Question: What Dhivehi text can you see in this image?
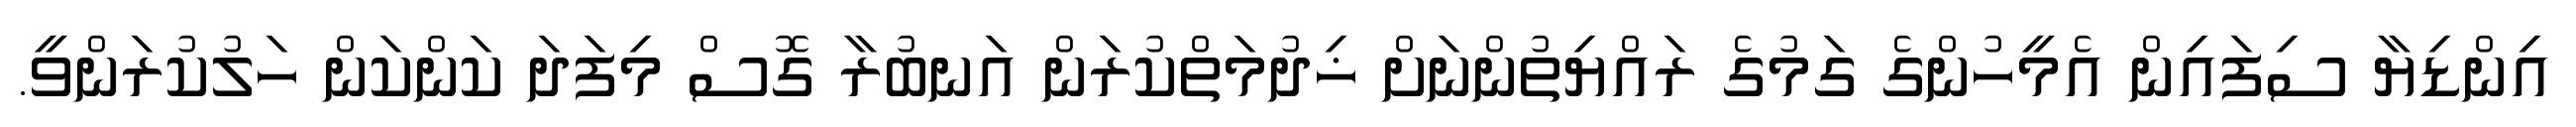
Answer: އިންޑިޔާ ސިފައިން އެމީހުންގެ ގަމުގެ ރައްޔިތުންނަށް ޚިދުމަތްކުރަން އަނބުރާ ގޮސް މިފަދަ ކަންކަން ހަލުކުރަންވީ.